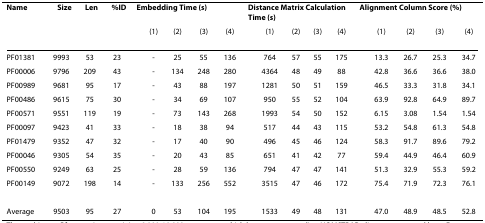
<table><thead><tr><td><b>Name</b></td><td><b>Size</b></td><td><b>Len</b></td><td><b>%ID</b></td><td colspan="5"><b>Embedding Time (s)</b></td><td colspan="5"><b>Distance Matrix Calculation Time (s)</b></td><td colspan="5"><b>Alignment Column Score (%)</b></td></tr><tr><td></td><td></td><td></td><td></td><td></td><td><b>(1)</b></td><td><b>(2)</b></td><td><b>(3)</b></td><td><b>(4)</b></td><td></td><td><b>(1)</b></td><td><b>(2)</b></td><td><b>(3)</b></td><td><b>(4)</b></td><td></td><td><b>(1)</b></td><td><b>(2)</b></td><td><b>(3)</b></td><td><b>(4)</b></td></tr></thead><tbody><tr><td>PF01381</td><td>9993</td><td>53</td><td>23</td><td></td><td>-</td><td>25</td><td>55</td><td>136</td><td></td><td>764</td><td>57</td><td>55</td><td>175</td><td></td><td>13.3</td><td>26.7</td><td>25.3</td><td>34.7</td></tr><tr><td>PF00006</td><td>9796</td><td>209</td><td>43</td><td></td><td>-</td><td>134</td><td>248</td><td>280</td><td></td><td>4364</td><td>48</td><td>49</td><td>88</td><td></td><td>42.8</td><td>36.6</td><td>36.6</td><td>38.0</td></tr><tr><td>PF00989</td><td>9681</td><td>95</td><td>17</td><td></td><td>-</td><td>43</td><td>88</td><td>197</td><td></td><td>1281</td><td>50</td><td>51</td><td>159</td><td></td><td>46.5</td><td>33.3</td><td>31.8</td><td>34.1</td></tr><tr><td>PF00486</td><td>9615</td><td>75</td><td>30</td><td></td><td>-</td><td>34</td><td>69</td><td>107</td><td></td><td>950</td><td>55</td><td>52</td><td>104</td><td></td><td>63.9</td><td>92.8</td><td>64.9</td><td>89.7</td></tr><tr><td>PF00571</td><td>9551</td><td>119</td><td>19</td><td></td><td>-</td><td>73</td><td>143</td><td>268</td><td></td><td>1993</td><td>54</td><td>50</td><td>152</td><td></td><td>6.15</td><td>3.08</td><td>1.54</td><td>1.54</td></tr><tr><td>PF00097</td><td>9423</td><td>41</td><td>33</td><td></td><td>-</td><td>18</td><td>38</td><td>94</td><td></td><td>517</td><td>44</td><td>43</td><td>115</td><td></td><td>53.2</td><td>54.8</td><td>61.3</td><td>54.8</td></tr><tr><td>PF01479</td><td>9352</td><td>47</td><td>32</td><td></td><td>-</td><td>17</td><td>40</td><td>90</td><td></td><td>496</td><td>45</td><td>46</td><td>124</td><td></td><td>58.3</td><td>91.7</td><td>89.6</td><td>79.2</td></tr><tr><td>PF00046</td><td>9305</td><td>54</td><td>35</td><td></td><td>-</td><td>20</td><td>43</td><td>85</td><td></td><td>651</td><td>41</td><td>42</td><td>77</td><td></td><td>59.4</td><td>44.9</td><td>46.4</td><td>60.9</td></tr><tr><td>PF00550</td><td>9249</td><td>63</td><td>25</td><td></td><td>-</td><td>28</td><td>59</td><td>136</td><td></td><td>794</td><td>47</td><td>47</td><td>141</td><td></td><td>51.3</td><td>32.9</td><td>55.3</td><td>59.2</td></tr><tr><td>PF00149</td><td>9072</td><td>198</td><td>14</td><td></td><td>-</td><td>133</td><td>256</td><td>552</td><td></td><td>3515</td><td>47</td><td>46</td><td>172</td><td></td><td>75.4</td><td>71.9</td><td>72.3</td><td>76.1</td></tr><tr><td>Average</td><td>9503</td><td>95</td><td>27</td><td></td><td>0</td><td>53</td><td>104</td><td>195</td><td></td><td>1533</td><td>49</td><td>48</td><td>131</td><td></td><td>47.0</td><td>48.9</td><td>48.5</td><td>52.8</td></tr></tbody></table>